Cholera in India, 1862 to 1881
Year: 1862
Disease focus: Cholera
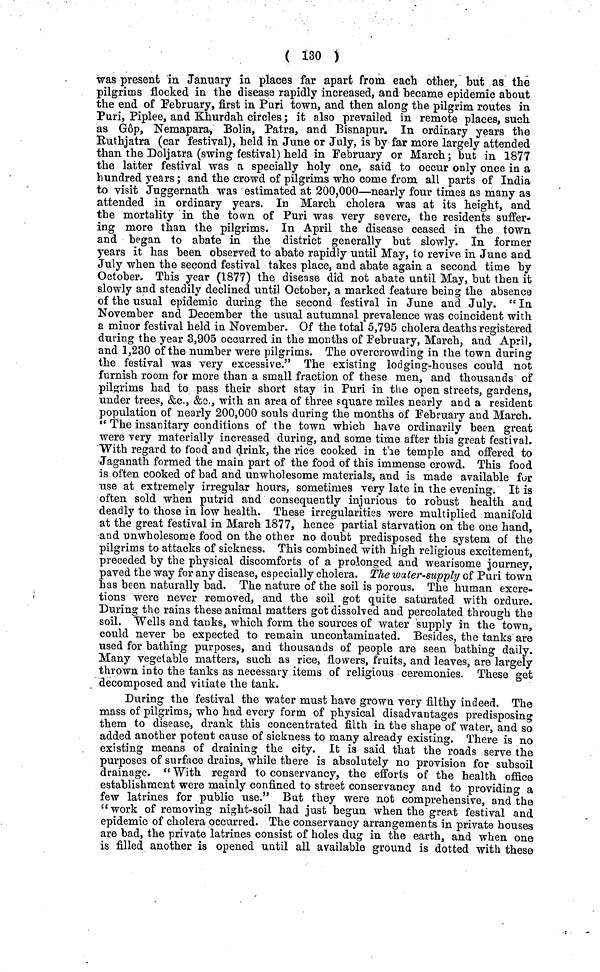
( 130 )
was present in January in places far apart from each other, but as the
pilgrims flocked in the disease rapidly increased, and became epidemic about
the end of February, first in Puri town, and then along the pilgrim routes in
Puri, Piplee, and Khurdah circles; it also prevailed in remote places, such
as Gôp, Nemapara, Bolia, Patra, and Bisnapur. In ordinary years the
Ruthjatra (car festival), held in June or July, is by far more largely attended
than the Doljatra (swing festival) held in February or March; but in 1877
the latter festival was a specially holy one, said to occur only once in a
hundred years; and the crowd of pilgrims who come from all parts of India
to visit Juggernath was estimated at 200,000—nearly four times as many as
attended in ordinary years. In March cholera was at its height, and
the mortality in the town of Puri was very severe, the residents suffer-ôôôô
ing more than the pilgrims. In April the disease ceased in the town
and began to abate in the district generally but slowly. In former
years it has been observed to abate rapidly until May, to revive in June and
July when the second festival takes place, and abate again a second time by
October. This year (1877) the disease did not abate until May, but then it
slowly and steadily declined until October, a marked feature being the absence
of the usual epidemic during the second festival in June and July. " In
November and December the usual autumnal prevalence was coincident with
a minor festival held in November. Of the total 5,795 cholera deaths registered
during the year 3,905 occurred in the months of February, March, and April,
and 1,230 of the number were pilgrims. The overcrowding in the town during
the festival was very excessive." The existing lodging-houses could not
furnish room for more than a small fraction of these men, and thousands of
pilgrims had to pass their short stay in Puri in the open streets, gardens,
under trees, &c., &c,, with an area of three square miles nearly and a resident
population of nearly 200,000 souls during the months of February and March.
" The insanitary conditions of the town which have ordinarily been great
were very materially increased during, and some time after this great festival.
With regard to food and drink, the rics cooked in the temple and offered to
Jaganath formed the main part of the food of this immense crowd. This food
is often cooked of bad and unwholesome materials, and is made available for
use at extremely irregular hours, sometimes very late in the evening. It is
often sold when putrid and consequently injurious to robust health and
deadly to those in low health. These irregularities were multiplied manifold
at the great festival in March 1877, hence partial starvation on the one hand,
and unwholesome food on the other no doubt predisposed the system of the
pilgrims to attacks of sickness. This combined with high religious excitement,
preceded by the physical discomforts of a prolonged and wearisome journey,
paved the way for any disease, especially cholera. The water-supply of Puri town
has been naturally bad. The nature of the soil is porous. The human excre-
tions were never removed, and the soil got quite saturated with ordure.
During the rains these animal matters got dissolved and percolated through the
soil. Wells and tanks, which form the sources of water supply in the town,
could never be expected to remain uncontaminated. Besides, the tanks are
used for bathing purposes, and thousands of people are seen bathing daily.
Many vegetable matters, such as rice, flowers, fruits, and leaves, are largely
thrown into the tanks as necessary items of religious ceremonies. These get
decomposed and vitiate the tank.
During the festival the water must have grown very filthy indeed. The
mass of pilgrims, who had every form of physical disadvantages predisposing
them to disease, drank this concentrated filth in the shape of water, and so
added another potent cause of sickness to many already existing. There is no
existing means of draining the city. It is said that the roads serve the
purposes of surface drains, while there is absolutely no provision for subsoil
drainage. " With regard to conservancy, the efforts of the health office
establishment were mainly confined to street conservancy and to providing a
few latrines for public use." But they were not comprehensive, and the
"work of removing night-soil had just begun when the great festival and
epidemic of cholera occurred. The conservancy arrangements in private houses
are bad, the private latrines consist of holes dug in the earth, and when one
is filled another is opened until all available ground is dotted with these